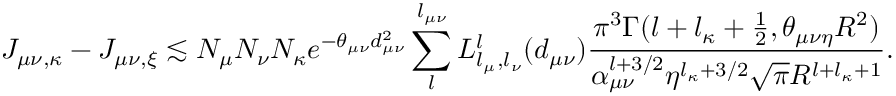
J _ { \mu \nu , \kappa } - J _ { \mu \nu , \xi } \lesssim N _ { \mu } N _ { \nu } N _ { \kappa } e ^ { - \theta _ { \mu \nu } d _ { \mu \nu } ^ { 2 } } \sum _ { l } ^ { l _ { \mu \nu } } L _ { l _ { \mu } , l _ { \nu } } ^ { l } ( d _ { \mu \nu } ) \frac { \pi ^ { 3 } \Gamma ( l + l _ { \kappa } + \frac { 1 } { 2 } , \theta _ { \mu \nu \eta } R ^ { 2 } ) } { \alpha _ { \mu \nu } ^ { l + 3 / 2 } \eta ^ { l _ { \kappa } + 3 / 2 } \sqrt { \pi } R ^ { l + l _ { \kappa } + 1 } } .